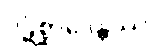
ပဋိစ္ဆာဒေန္တဿ